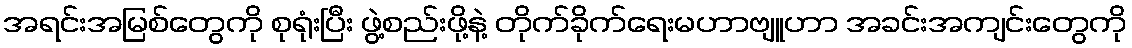
အရင်းအမြစ်တွေကို စုရုံးပြီး ဖွဲ့စည်းဖို့နဲ့ တိုက်ခိုက်ရေးမဟာဗျူဟာ အခင်းအကျင်းတွေကို